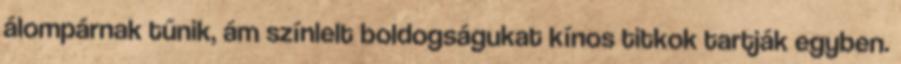
álompárnak tűnik, ám színlelt boldogságukat kínos titkok tartják egyben.